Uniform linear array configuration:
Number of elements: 12
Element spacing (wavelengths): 0.5
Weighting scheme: blackman
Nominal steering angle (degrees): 15
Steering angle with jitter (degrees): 16.477
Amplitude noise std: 0.05
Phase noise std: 0.05

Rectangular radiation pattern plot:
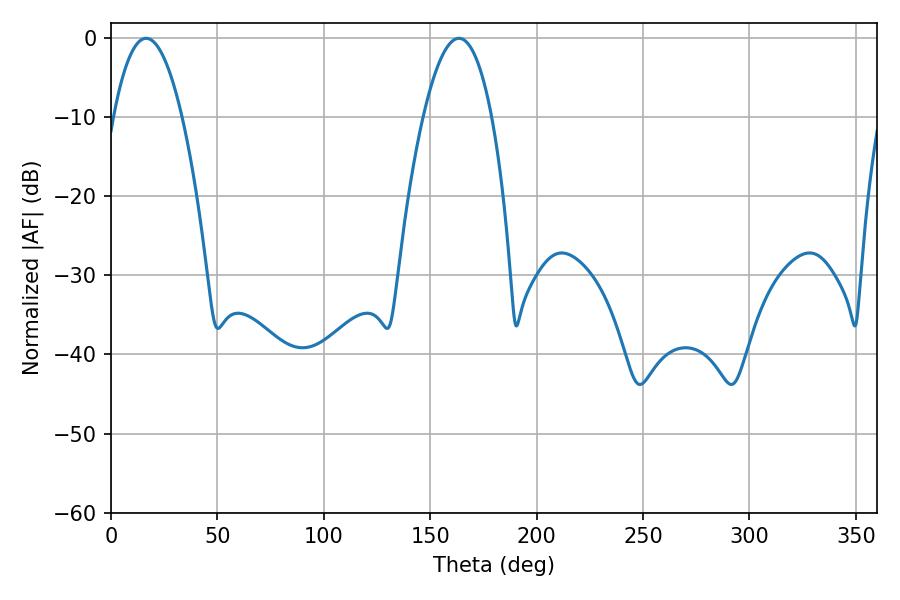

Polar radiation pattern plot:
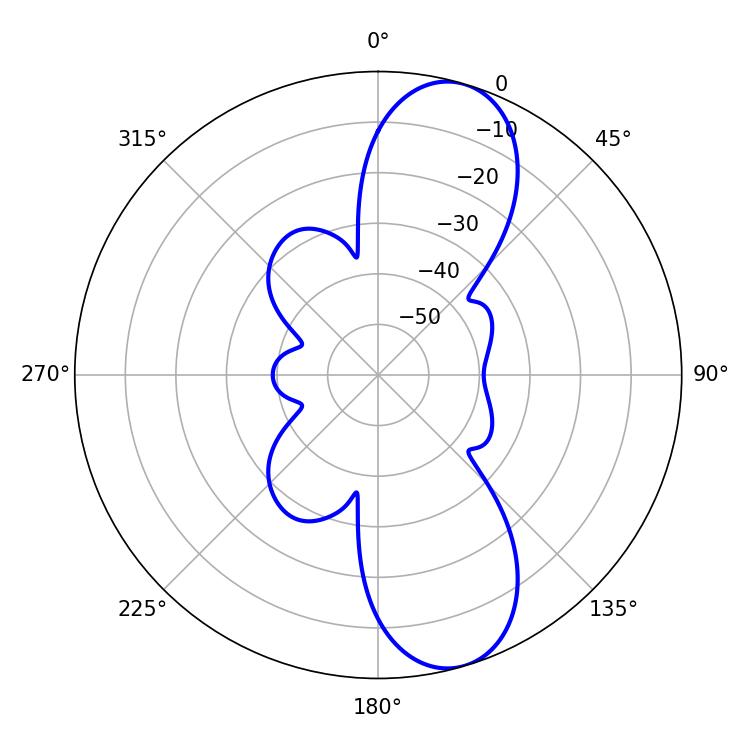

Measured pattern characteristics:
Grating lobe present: FALSE
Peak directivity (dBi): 10.194
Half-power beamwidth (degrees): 17.64
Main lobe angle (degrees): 16.56